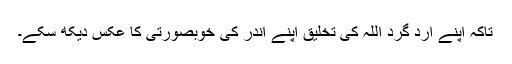
تاکہ اپنے ارد گرد اللہ کی تخلیق اپنے اندر کی خوبصورتی کا عکس دیکھ سکے۔